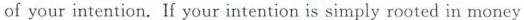
of your intention. If your intention is simply rooted in money